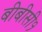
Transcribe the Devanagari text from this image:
बीबीसी१